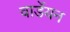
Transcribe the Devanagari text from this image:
वार्डेयन